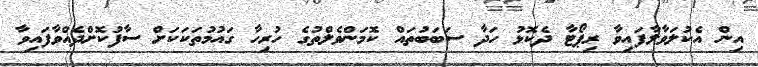
އިން އެކުލަވާލާފައިވާ ރިޕޯޓާ ދެކޮޅު ހަދާ ސަބަބުތައް ކޮމަންވެލްތުގެ ހުރިހާ ގައުމުތަކަކަށް ސާފުކޮށްދެއްވާފައިވާ